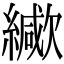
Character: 𦆃